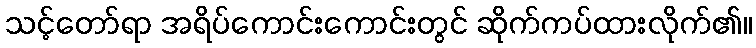
သင့်တော်ရာ အရိပ်ကောင်းကောင်းတွင် ဆိုက်ကပ်ထားလိုက်၏။